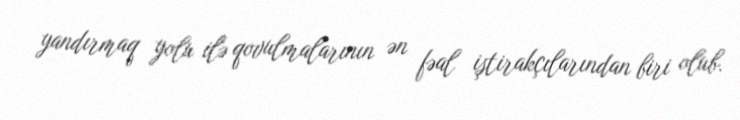
yandırmaq yolu ilə qovulmalarının ən fəal iştirakçılarından biri olub.